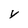
Character: y